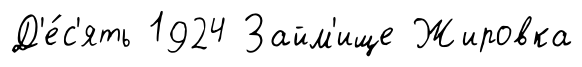
Д'е́с'ять 1924 Займ'ище Жировка